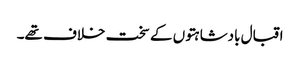
اقبال بادشاہتوں کے سخت خلاف تھے۔